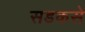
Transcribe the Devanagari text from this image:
सडकसे